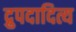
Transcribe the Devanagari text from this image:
द्रुपदादित्य